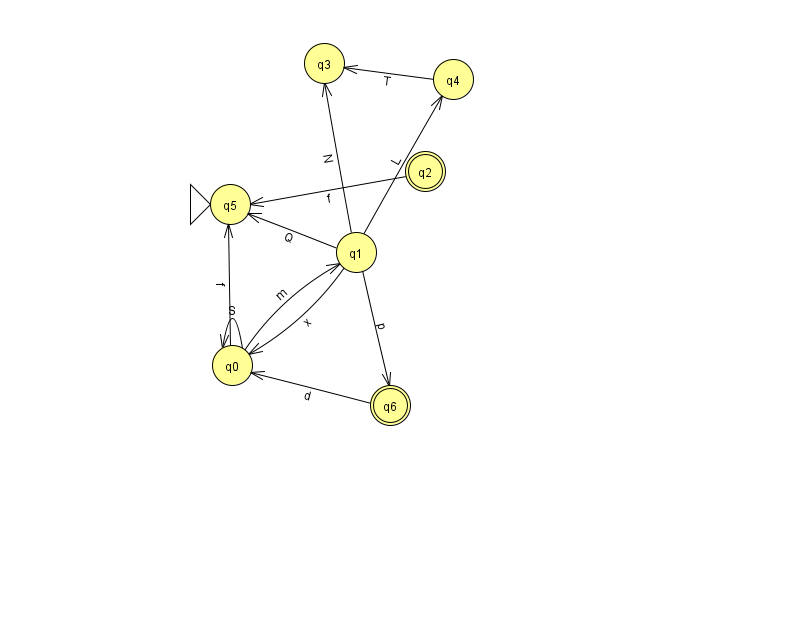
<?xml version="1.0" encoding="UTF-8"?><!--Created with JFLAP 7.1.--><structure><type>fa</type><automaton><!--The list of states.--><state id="0" name="q0"><x>232.0</x><y>352.0</y></state><state id="1" name="q1"><x>356.0</x><y>239.0</y></state><state id="2" name="q2"><x>425.0</x><y>158.0</y><final/></state><state id="3" name="q3"><x>324.0</x><y>50.0</y></state><state id="4" name="q4"><x>453.0</x><y>66.0</y></state><state id="5" name="q5"><x>230.0</x><y>191.0</y><initial/></state><state id="6" name="q6"><x>390.0</x><y>392.0</y><final/></state><!--The list of transitions.--><transition><from>1</from><to>5</to><read>Q</read></transition><transition><from>0</from><to>0</to><read>S</read></transition><transition><from>2</from><to>5</to><read>f</read></transition><transition><from>1</from><to>4</to><read>L</read></transition><transition><from>0</from><to>5</to><read>f</read></transition><transition><from>1</from><to>6</to><read>p</read></transition><transition><from>1</from><to>0</to><read>x</read></transition><transition><from>1</from><to>3</to><read>N</read></transition><transition><from>4</from><to>3</to><read>T</read></transition><transition><from>6</from><to>0</to><read>d</read></transition><transition><from>0</from><to>1</to><read>m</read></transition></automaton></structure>